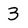
Character: 3